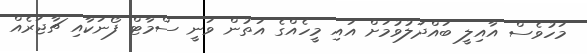
މަހުވެސް އާއިލީ ބައްދަލުވުމަށް އައި މީހެއްގެ އަތުން ވަނީ ސްމާޓް ފޯނަކާއި ޗާޖަރެއް